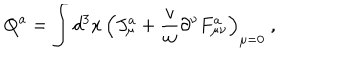
Q ^ { a } = \int d ^ { 3 } x \, \Bigl ( J _ { \mu } ^ { a } + { \frac { v } { w } } \partial ^ { \nu } F _ { \mu \nu } ^ { a } \Bigr ) _ { \mu = 0 } \ ,